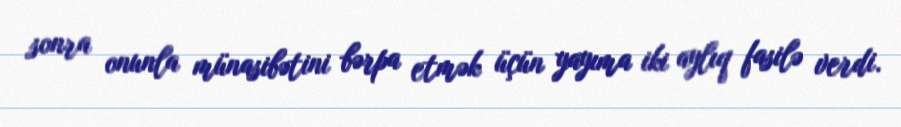
sonra onunla münasibətini bərpa etmək üçün yayıma iki aylıq fasilə verdi.